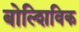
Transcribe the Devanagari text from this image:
बोल्शिविक